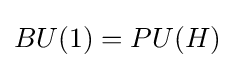
BU(1)=PU(H)